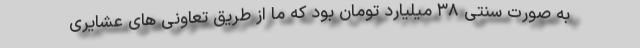
به صورت سنتی ۳۸ میلیارد تومان بود که ما از طریق تعاونی های عشایری